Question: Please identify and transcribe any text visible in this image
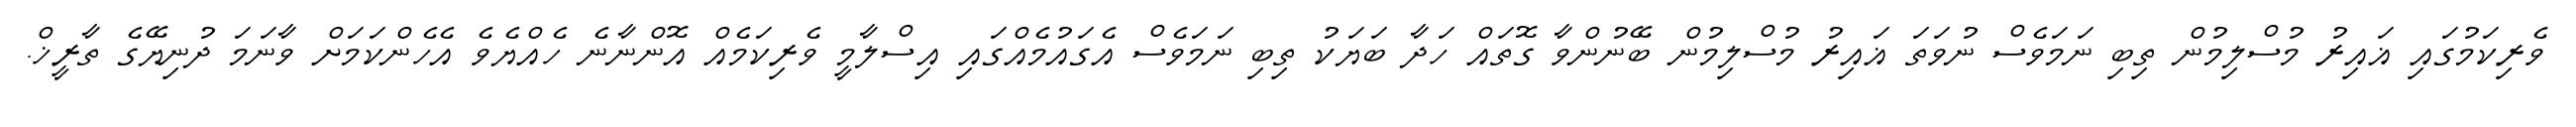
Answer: ވެރިކަމުގައި ޣައިރު މުސްލިމުން ތިބި ނަމަވެސް ނުވަތަ ޣައިރު މުސްލިމުން ބޭނުންވާ ގޮތައް ހަދާ ބަޔަކު ތިބި ނަމަވެސް އެގައުމެއްގައި އިސްލާމީ ވެރިކަމެއް އޮންނާނެ ހެއްޔެވެ އެހެންކަމަށް ވާނަމަ ދުނިޔޭގެ ތާރީޚް.